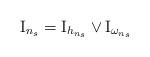
LaTeX: \begin{align*} \mathrm{I}_{n_s} = \mathrm{I}_{h_{n_s}} \lor \mathrm{I}_{\omega_{n_s}}\end{align*}